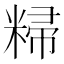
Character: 𬖥